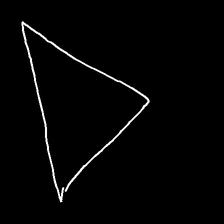
Glyph: convergence